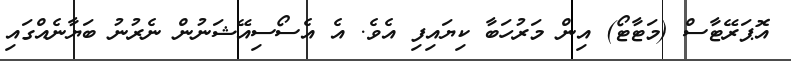
އޮޕަރޭޓާސް (މަޓާޓޯ) އިން މަރުހަބާ ކިޔައިފި އެވެ. އެ އެސޯސިއޭޝަނުން ނެރުނު ބަޔާނެއްގައި